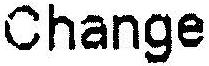
CHANGE